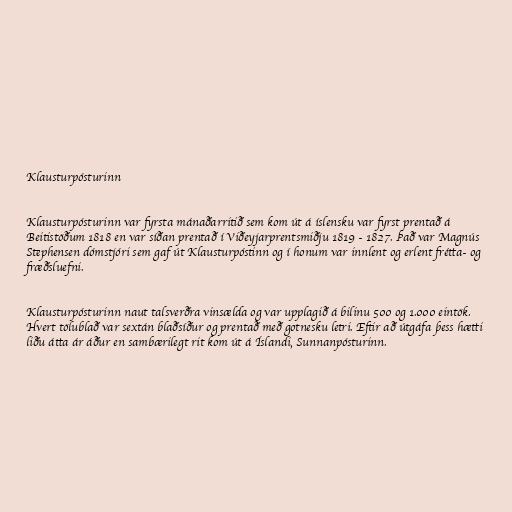
Klausturpósturinn

Klausturpósturinn var fyrsta mánaðarritið sem kom út á íslensku var fyrst prentað á
Beitistöðum 1818 en var síðan prentað í Viðeyjarprentsmiðju 1819 - 1827. Það var Magnús
Stephensen dómstjóri sem gaf út Klausturpóstinn og í honum var innlent og erlent frétta- og
fræðsluefni.

Klausturpósturinn naut talsverðra vinsælda og var upplagið á bilinu 500 og 1.000 eintök.
Hvert tölublað var sextán blaðsíður og prentað með gotnesku letri. Eftir að útgáfa þess hætti
liðu átta ár áður en sambærilegt rit kom út á Íslandi, Sunnanpósturinn.